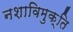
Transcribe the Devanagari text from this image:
नशाविमुक्ति